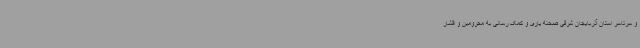
و سرتاسر استان آذربایجان شرقی صحنه یاری و کمک رسانی به محرومین و اقشار